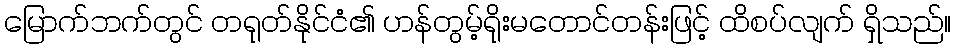
မြောက်ဘက်တွင် တရုတ်နိုင်ငံ၏ ဟန်တွမ့်ရိုးမတောင်တန်းဖြင့် ထိစပ်လျက် ရှိသည်။